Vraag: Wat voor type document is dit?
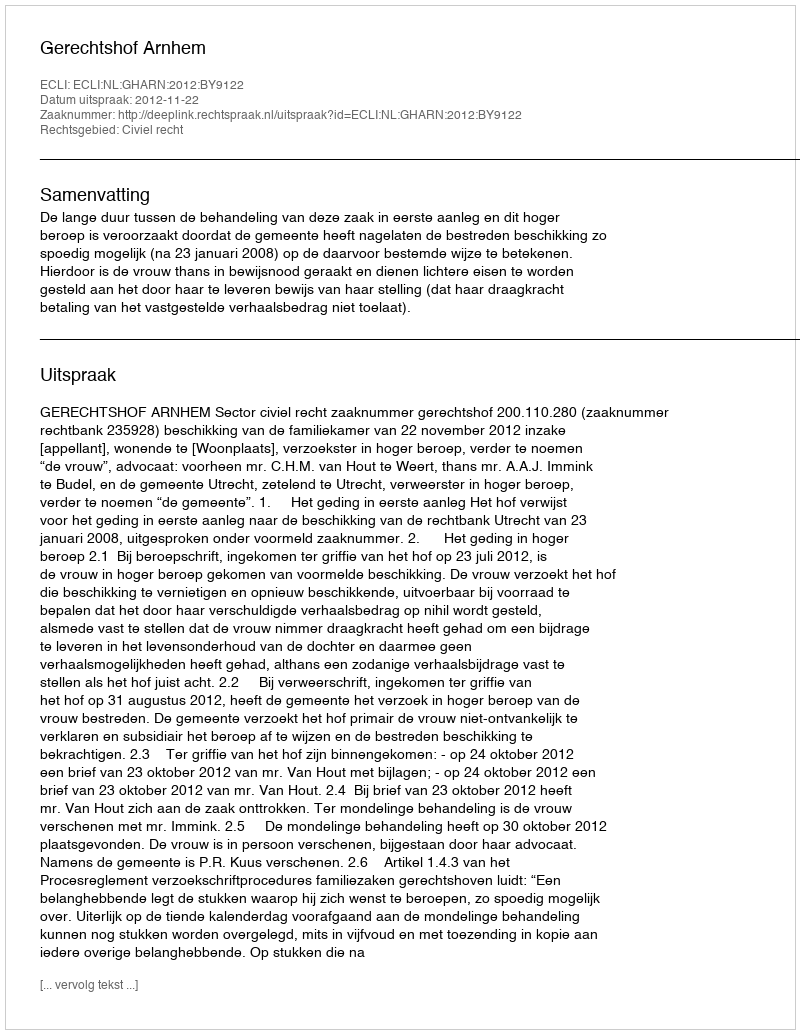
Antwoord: Uitspraak